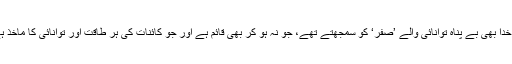
وہ خدا بھی بے پناہ توانائی والے ’صفر‘ کو سمجھتے تھے، جو نہ ہو کر بھی قائم ہے اور جو کائنات کی ہر طاقت اور توانائی کا ماخذ ہے۔